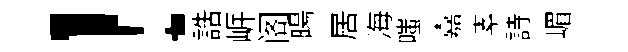
！誥㟁阁暘居海嗤嘉素詩嵋